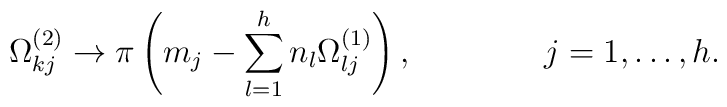
\Omega^{(2)}_{kj}\to \pi \left(m_j-\sum_{l=1}^h n_l\Omega_{lj}^{(1)}\right),\qquad\qquad j=1,\ldots,h.